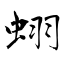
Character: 蛡